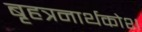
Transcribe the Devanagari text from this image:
बृहत्रनार्थकोश